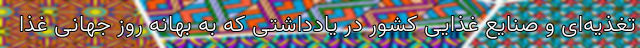
تغذیه‌ای و صنایع غذایی کشور در یادداشتی که به بهانه روز جهانی غذا